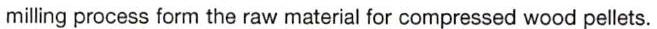
milling process form the raw material for compressed wood pellets.